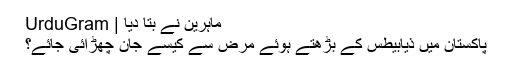
ماہرین نے بتا دیا | UrduGram
پاکستان میں ذیابیطس کے بڑھتے ہوئے مرض سے کیسے جان چھڑائی جائے؟